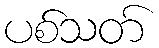
ပစ်သတ်